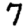
Digit: 7